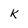
Character: k